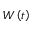
W \left( t \right)